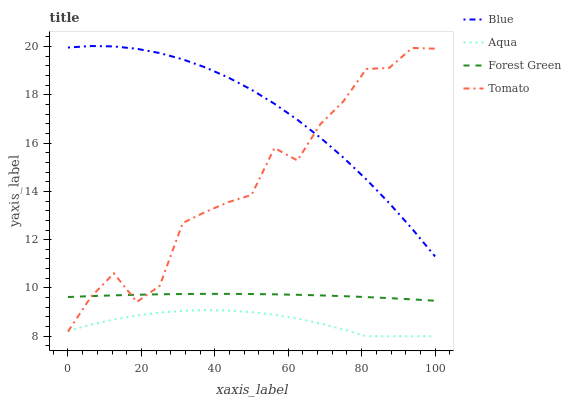
| xaxis_label | Blue | Aqua | Forest Green | Tomato |
 | --- | --- | --- | --- | --- |
 | 0 | 20 | 8.22 | 9.63 | 8.19 |
 | 6.25 | 20 | 8.48 | 9.66 | 9.63 |
 | 12.5 | 20 | 8.69 | 9.69 | 10.6 |
 | 18.8 | 19.9 | 8.86 | 9.72 | 9.42 |
 | 25 | 19.7 | 8.98 | 9.74 | 10.1 |
 | 31.2 | 19.5 | 9.05 | 9.75 | 12.7 |
 | 37.5 | 19.1 | 9.08 | 9.76 | 13.2 |
 | 43.8 | 18.7 | 9.06 | 9.76 | 13.6 |
 | 50 | 18.2 | 9 | 9.75 | 13.9 |
 | 56.2 | 17.6 | 8.89 | 9.74 | 15.8 |
 | 62.5 | 17 | 8.73 | 9.72 | 15.3 |
 | 68.8 | 16.2 | 8.53 | 9.69 | 16.8 |
 | 75 | 15.4 | 8.28 | 9.66 | 17.7 |
 | 81.2 | 14.5 | 8 | 9.62 | 19.1 |
 | 87.5 | 13.5 | 8 | 9.58 | 19.1 |
 | 93.8 | 12.4 | 8 | 9.53 | 19.9 |
 | 100 | 11.3 | 8 | 9.47 | 19.9 |